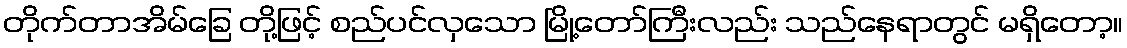
တိုက်တာအိမ်ခြေ တို့ဖြင့် စည်ပင်လှသော မြို့တော်ကြီးလည်း သည်နေရာတွင် မရှိတော့။